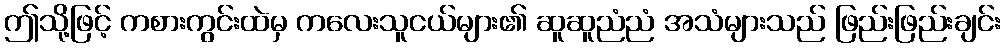
ဤသို့ဖြင့် ကစားကွင်းထဲမှ ကလေးသူငယ်များ၏ ဆူဆူညံညံ အသံများသည် ဖြည်းဖြည်းချင်း